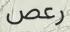
رعص